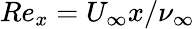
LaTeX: Re_{x}=U_{\infty}x/\nu_{\infty}